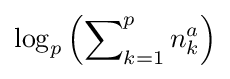
\log _{p}\left(\sum \nolimits _{k=1}^{p}n_{k}^{a}\right)